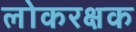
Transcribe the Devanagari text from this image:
लोकरक्षक